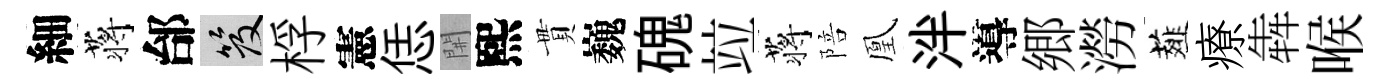
細蒋邰笈桴憲恁𨳩熙貫巍磈竝蒋陪凰泮導郷澇薤療犇喉